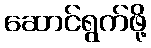
ဆောင်ရွက်ဖို့